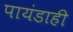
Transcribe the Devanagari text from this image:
पायंडाही